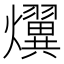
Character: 𤒩